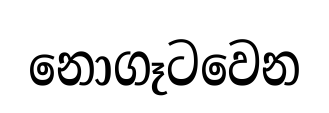
නොගෑටවෙන